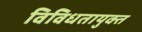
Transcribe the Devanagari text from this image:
विविधतायुक्त